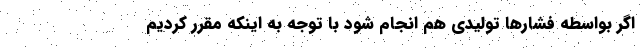
اگر بواسطه فشارها تولیدی هم انجام شود با توجه به اینکه مقرر کردیم